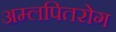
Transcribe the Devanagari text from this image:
अम्लपितरोग